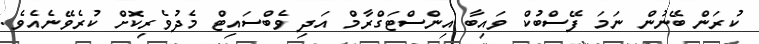
ކުރަން ބޭނުން ނަމަ ފޭސްބުކް ވައިބާ އިންސްޓަގްރާމް އަދި ވެބްސައިޓް މެދުވެރިކޮށް ކުރެވޭނެއެެވެ.